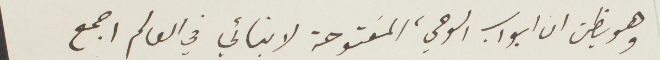
وهو يظن أن أبواب الوحي، مفتوحة لابنائي في العالم أجمع